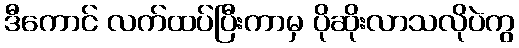
ဒီကောင် လက်ထပ်ပြီးကာမှ ပိုဆိုးလာသလိုပဲကွ